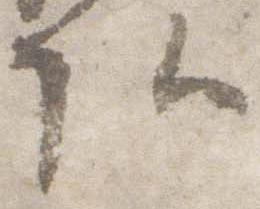
頭